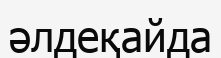
әлдеқайда